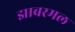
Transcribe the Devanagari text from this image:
झाबरमल